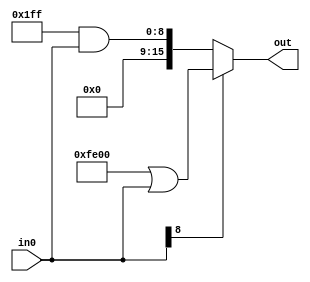
`timescale 1ns / 1ps
//////////////////////////////////////////////////////////////////////////////////
// Company: 
// Engineer: 
// 
// Design Name: 
// Module Name: sext_8
// Project Name: 
// Target Devices: 
// Tool Versions: 
// Description: 
// 
// Dependencies: 
// 
// Revision:
// Revision 0.01 - File Created
// Additional Comments:
// 
//////////////////////////////////////////////////////////////////////////////////


module sext_8(
    input [8:0] in0,
    output [15:0] out
    );
    
    assign out = in0[8] ? (16'b1111111000000000 | in0) : (16'b0000000111111111 & in0);
    
endmodule